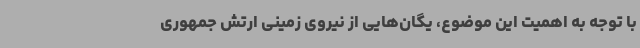
با توجه به اهمیت این موضوع، یگان‌هایی از نیروی زمینی ارتش جمهوری